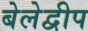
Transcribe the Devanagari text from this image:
बेलेद्वीप